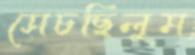
সেচছিলুম